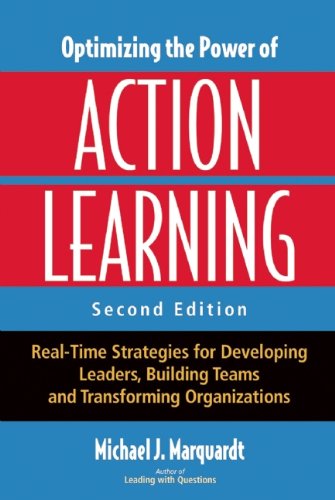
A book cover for Optimizing the Power of Action Learning: Real-Time Strategies for Developing Leaders, Building Teams and Transforming Organizations; Michael J. Marquardt; Business & Money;